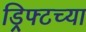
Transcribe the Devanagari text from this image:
ड्रिफ्टच्या